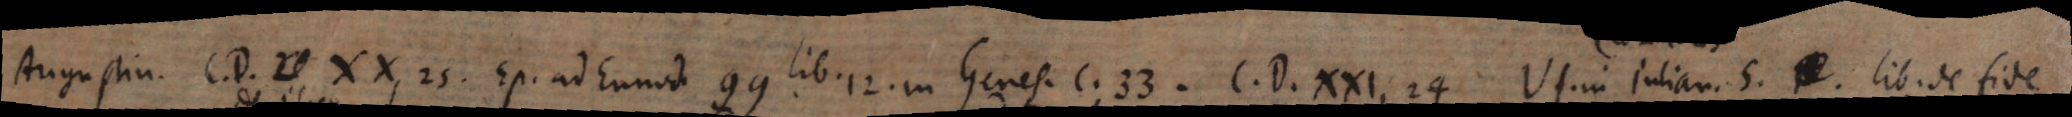
Augustin. C. D. XX, 25. Ep. ad Eunod. 99. lib. 12. in Genes. c. 33. C. D. XXI, 24. VI. in Julian. 5. lib. de fide